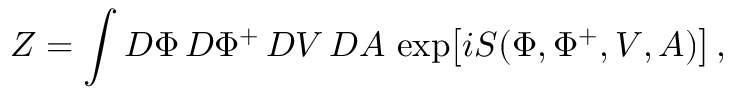
{ \cal Z } = \int { \cal D } \Phi \, { \cal D } \Phi ^ { + } \, { \cal D } V \, { \cal D } A \, \, \mathrm { e x p } \big [ i { \cal S } ( \Phi , \Phi ^ { + } , V , A ) \big ] \, ,